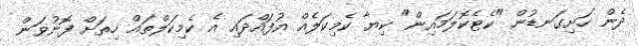
ދެން ހަށިގަނޑުން "ކެޓެކޮލަމައިން" ކިޔާ ކެމިކަލެއް އުފައްދައި އެ ކެމިކަލްތައް ހިތަށް ފޮނުވަން